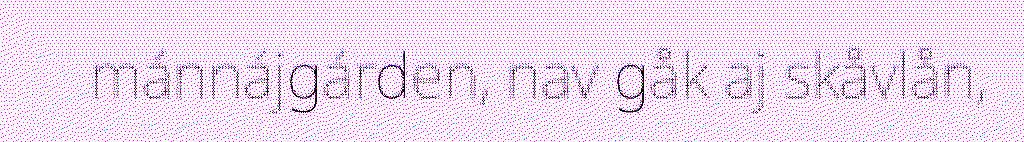
mánnájgárden, nav gåk aj skåvlån,